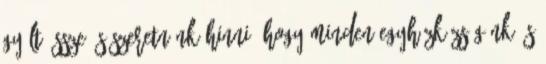
gyűlt össze és szeretnénk hinni, hogy minden egyházközségünk és